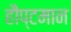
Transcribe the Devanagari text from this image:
हौप्टमान